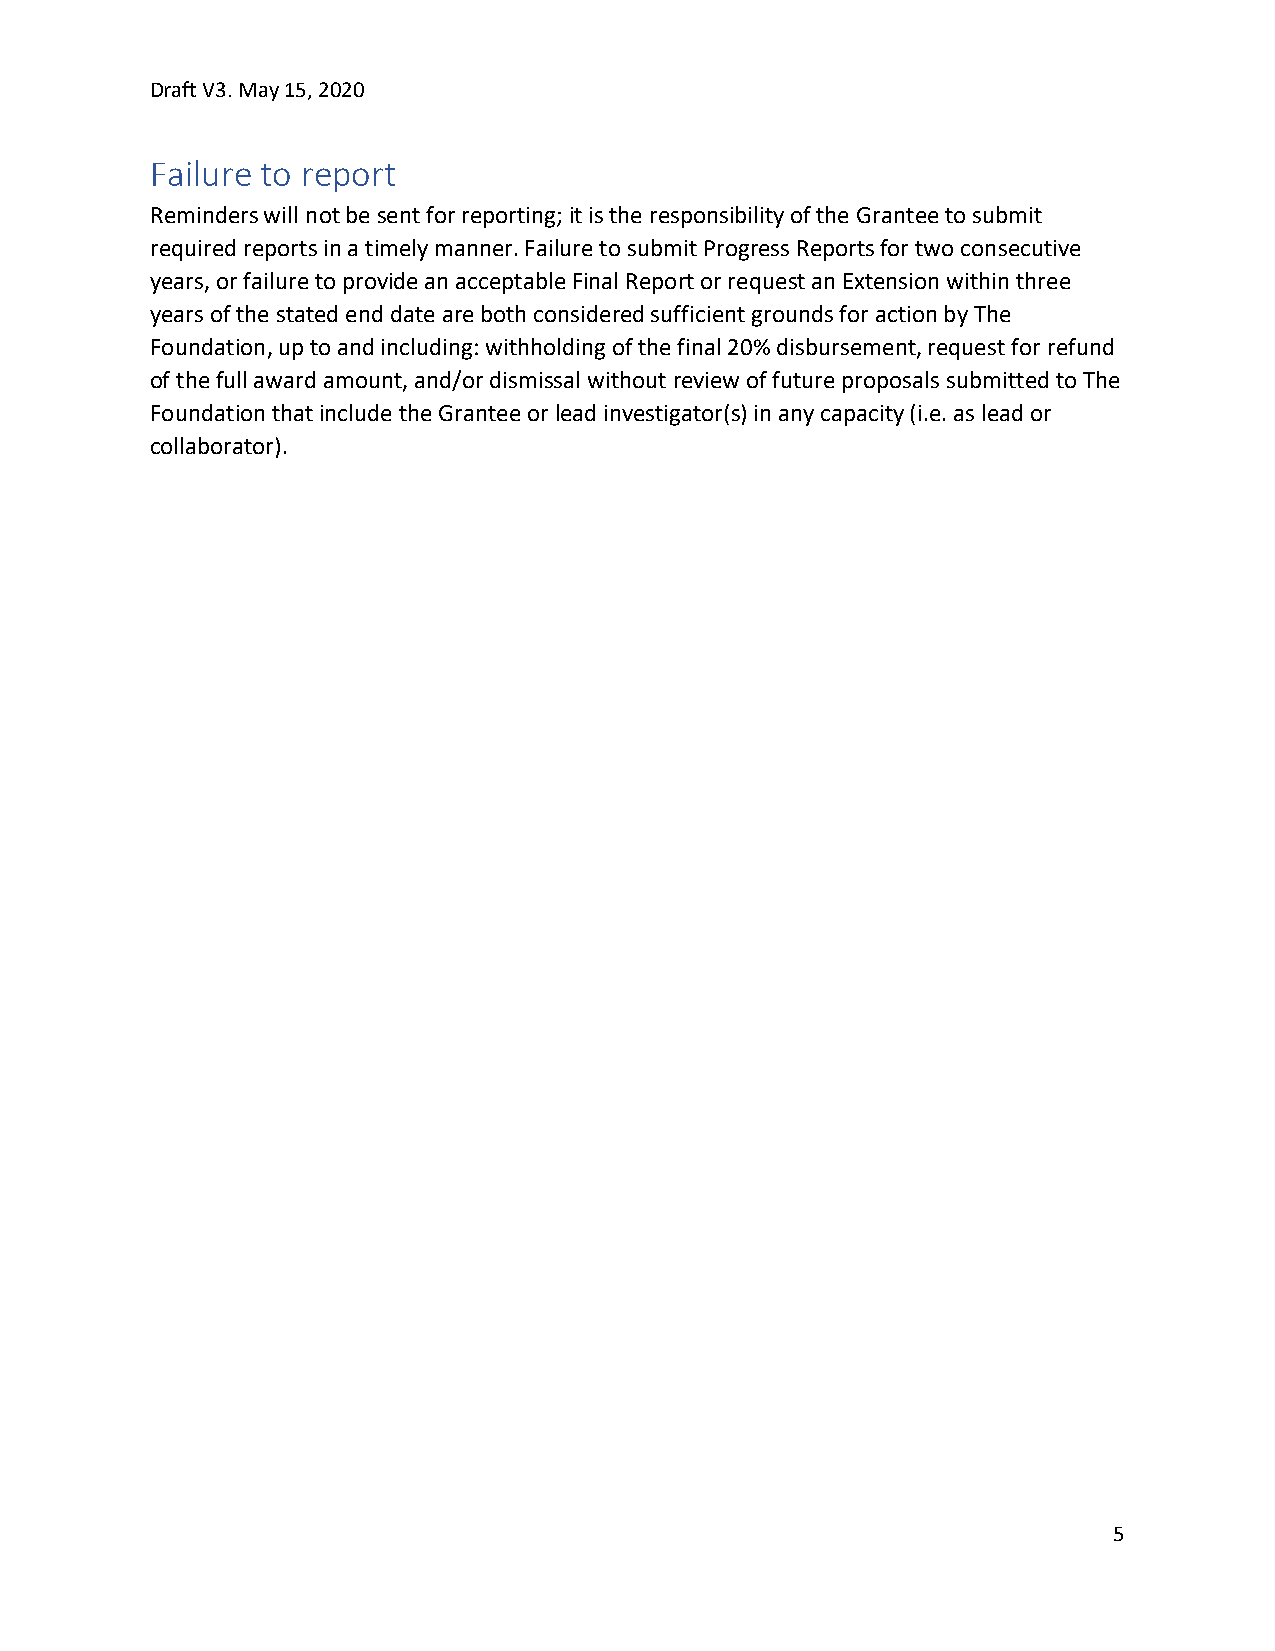
Draft V3. May 15, 2020
 Failure to report
 Reminders will not be sent for reporting; it is the responsibility of the Grantee to submit
 required reports in a timely manner. Failure to submit Progress Reports for two consecutive
 years, or failure to provide an acceptable Final Report or request an Extension within three
 years of the stated end date are both considered sufficient grounds for action by The
 Foundation, up to and including: withholding of the final 20% disbursement, request for refund
 of the full award amount, and/or dismissal without review of future proposals submitted to The
 Foundation that include the Grantee or lead investigator(s) in any capacity (i.e. as lead or
 collaborator).
 5